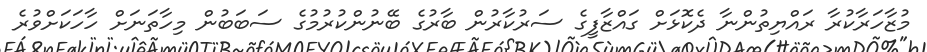
މުޒާހަރާކުރާ ރައްޔިތުންނާ ދެކޮޅަށް ގައްޒާފީގެ ސަރުކާރުން ބާރުގެ ބޭނުންކުރުމުގެ ސަބަބުން މިހާތަނަށް ހާހަކަށްވުރެ